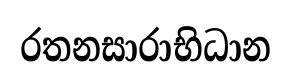
රතනසාරාභිධාන